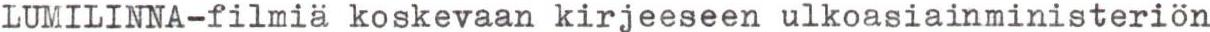
LUMILINNA-filmiä koskevaan kirjeeseen ulkoasiainministeriön